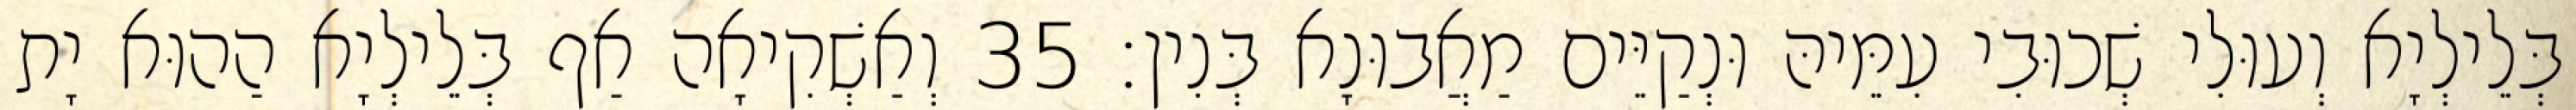
בְּלֵילְיָא וְעוּלִי שְׁכוּבִי עִמֵּיהּ וּנְקַיֵּים מַאֲבוּנָא בְּנִין׃ 35 וְאַשְׁקִיאָה אַף בְּלֵילְיָא הַהוּא יָת